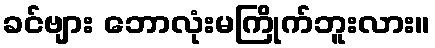
ခင်ဗျား ဘောလုံးမကြိုက်ဘူးလား။